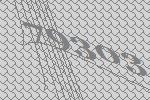
79303